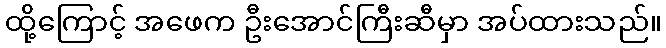
ထို့ကြောင့် အဖေက ဦးအောင်ကြီးဆီမှာ အပ်ထားသည်။